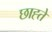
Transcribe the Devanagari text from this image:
छाह्ते